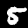
Label: 5